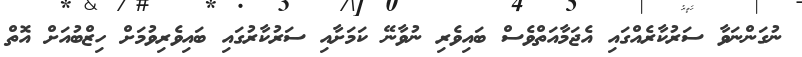
ނުގަންނަވާ ސަރުކާރެއްގައި އެޖަމާއަތްވެސް ބައިވެރި ނުވާނޭ ކަމަށާއި ސަރުކާރުގައި ބައިވެރިވުމަށް ހިޒްބުއަށް އޮތް